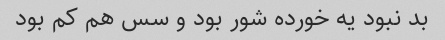
بد نبود یه خورده شور بود و سس هم کم بود